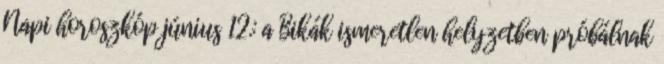
Napi horoszkóp június 12.: a Bikák ismeretlen helyzetben próbálnak